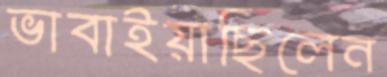
ভাবাইয়াছিলেন